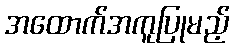
အထောက်အကူပြုမည့်